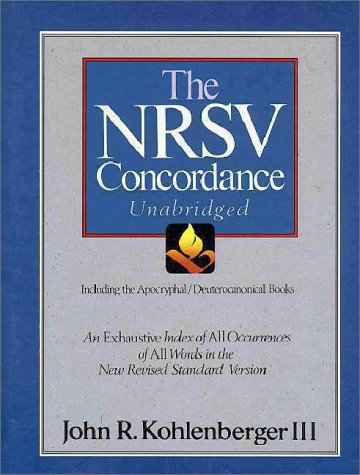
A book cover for The Nrsv Concordance Unabridged: Including the Apocryphal/Deuterocanonical Books; John R., III Kohlenberger; Christian Books & Bibles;